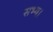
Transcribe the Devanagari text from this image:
सभ्य।